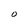
Character: O